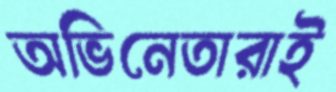
অভিনেতারাই